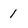
Character: 1